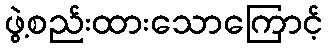
ဖွဲ့စည်းထားသောကြောင့်